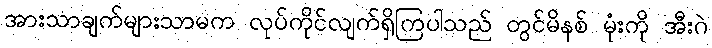
အားသာချက်များသာမက လုပ်ကိုင်လျက်ရှိကြပါသည် တွင်မိနစ် မုံးကို အီးဂဲ